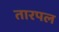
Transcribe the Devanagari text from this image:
तारपल